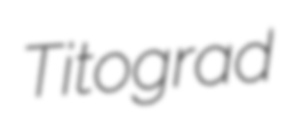
Titograd